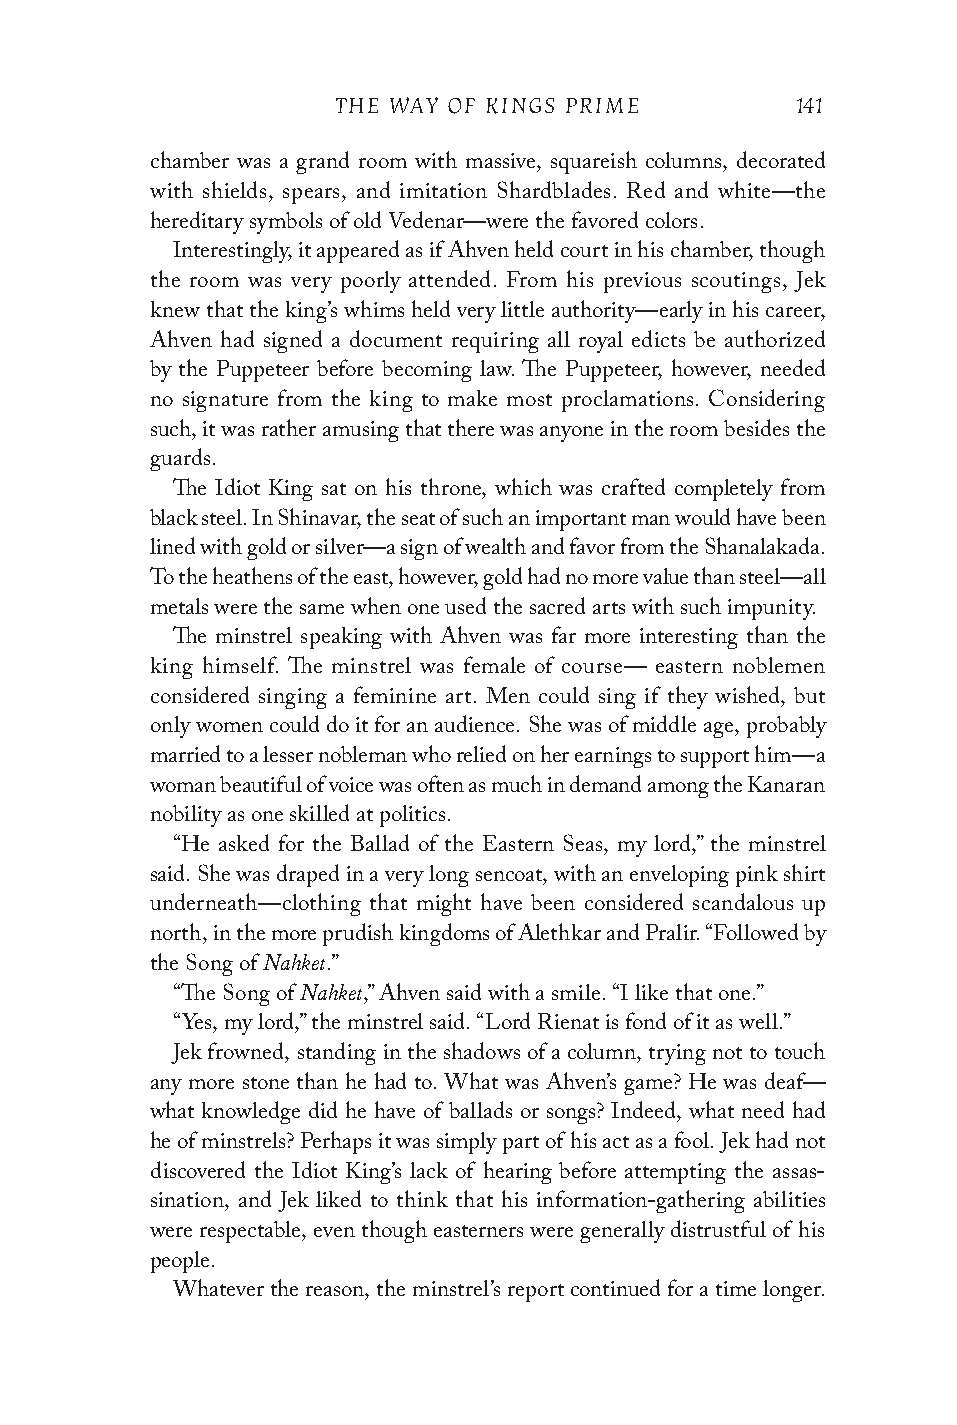
THE WAY OF KINGS PRIME         141
 chamber was a grand room with massive, squareish columns, decorated
 with shields, spears, and imitation Shardblades. Red and white—the
 hereditary symbols of old Vedenar—were the favored colors.
 Interestingly, it appeared as if Ahven held court in his chamber, though
 the room was very poorly attended. From his previous scoutings, Jek
 knew that the king’s whims held very little authority—early in his career,
 Ahven had signed a document requiring all royal edicts be authorized
 by the Puppeteer before becoming law. The Puppeteer, however, needed
 no signature from the king to make most proclamations. Considering
 such, it was rather amusing that there was anyone in the room besides the
 guards.
 The Idiot King sat on his throne, which was crafted completely from
 black steel. In Shinavar, the seat of such an important man would have been
 lined with gold or silver—a sign of wealth and favor from the Shanalakada.
 To the heathens of the east, however, gold had no more value than steel—all
 metals were the same when one used the sacred arts with such impunity.
 The minstrel speaking with Ahven was far more interesting than the
 king himself. The minstrel was female of course— eastern noblemen
 considered singing a feminine art. Men could sing if they wished, but
 only women could do it for an audience. She was of middle age, probably
 married to a lesser nobleman who relied on her earnings to support him—a
 woman beautiful of voice was often as much in demand among the Kanaran
 nobility as one skilled at politics.
 “He asked for the Ballad of the Eastern Seas, my lord,” the minstrel
 said. She was draped in a very long sencoat, with an enveloping pink shirt
 underneath—clothing that might have been considered scandalous up
 north, in the more prudish kingdoms of Alethkar and Pralir. “Followed by
 Nahket
 the Song of .”
 Nahket
 “The Song of ,” Ahven said with a smile. “I like that one.”
 “Yes, my lord,” the minstrel said. “Lord Rienat is fond of it as well.”
 Jek frowned, standing in the shadows of a column, trying not to touch
 any more stone than he had to. What was Ahven’s game? He was deaf—
 what knowledge did he have of ballads or songs? Indeed, what need had
 he of minstrels? Perhaps it was simply part of his act as a fool. Jek had not
 discovered the Idiot King’s lack of hearing before attempting the assas-
 sination, and Jek liked to think that his information-gathering abilities
 were respectable, even though easterners were generally distrustful of his
 people.
 Whatever the reason, the minstrel’s report continued for a time longer.